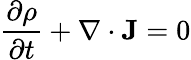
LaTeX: {\frac{\partial\rho}{\partial t}}+\nabla\cdot\mathbf{J}=0